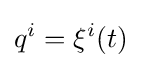
q^{i}=\xi ^{i}(t)